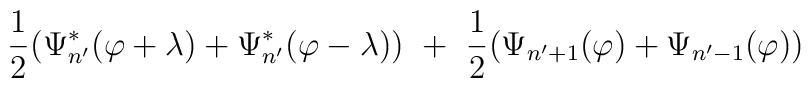
{1\over 2}(\Psi^*_{n'}(\varphi +\lambda )+\Psi^*_{n'}(\varphi-\lambda ))\ +\ {1\over 2}(\Psi_{n'+1} (\varphi )+\Psi_{n'-1}(\varphi ))